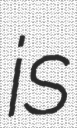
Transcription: is